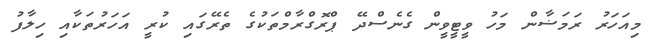
މިއަހަރު ރަމަޟާން މަހު ވީޓީވީން ގެނެސްދޭ ޕްރޮގްރާމްތަކުގެ ތެރޭގައި ކުރީ އަހަރުތަކާއި ހިލާފު